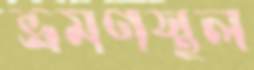
ভ্রমণস্থল